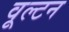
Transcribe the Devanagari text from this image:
वूल्टन